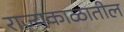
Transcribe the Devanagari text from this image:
राज्यकाळातील